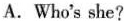
A.Who's she?